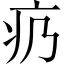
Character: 疓